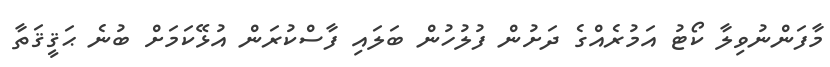
މާފަންނުވިލާ ކޯޓު އަމުރެއްގެ ދަށުން ފުލުހުން ބަލައި ފާސްކުރަން އުޅޭކަމަށް ބުނެ ޙަޤީޤަތާ